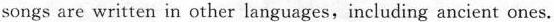
songs are written in other languages, including ancient ones.